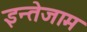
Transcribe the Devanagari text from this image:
इन्तेजाम